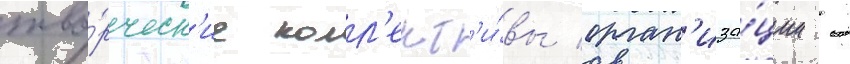
тво́рческ'ие колл'ект'и́вы орган'иза́ции -